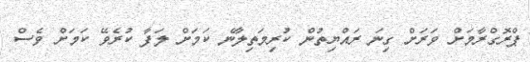
ޕްރޮގްރާމަށް ވަރަށް ގިނަ ރައްޔިތުން ކުރިމަތިލާނެ ކަމަށް ލަފާ ކުރެވޭ ކަމަށް ވެސް